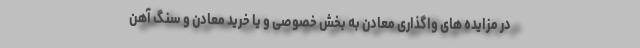
در مزایده های واگذاری معادن به بخش خصوصی و یا خرید معادن و سنگ آهن